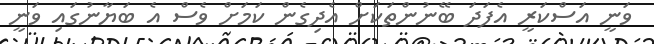
ވަނީ އަސްކަރީ އެފަދަ ބޭނުންތަކަށް އެދިގެން ކަމަށް ވެސް އެ ބަޔާނުގައި ވަނީ